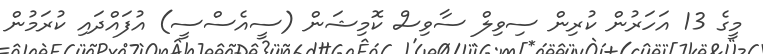
މީގެ 13 އަހަރުން ކުރިން ސިވިލް ސާވިސް ކޮމިޝަން (ސީއެސްސީ) އުފައްދައި ކުރަމުން